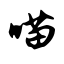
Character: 喵